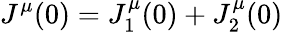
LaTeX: J^{\mu}(0)=J_{1}^{\mu}(0)+J_{2}^{\mu}(0)